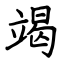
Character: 竭